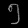
Digit: ၅